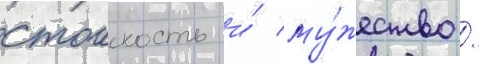
стоикость и́ му́жество /